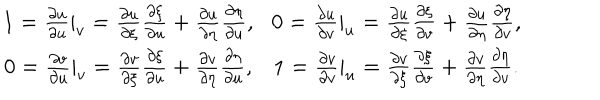
{ \large \begin{array} { c c } { { 1 = \frac { \partial u } { \partial u } | _ { v } = \frac { \partial u } { \partial \xi } \frac { \partial \xi } { \partial u } + \frac { \partial u } { \partial \eta } \frac { \partial \eta } { \partial u } , } } & { { \hspace { 0 . 9 c m } 0 = \frac { \partial u } { \partial v } | _ { u } = \frac { \partial u } { \partial \xi } \frac { \partial \xi } { \partial v } + \frac { \partial u } { \partial \eta } \frac { \partial \eta } { \partial v } , } } \\ { { 0 = \frac { \partial v } { \partial u } | _ { v } = \frac { \partial v } { \partial \xi } \frac { \partial \xi } { \partial u } + \frac { \partial v } { \partial \eta } \frac { \partial \eta } { \partial u } , } } & { { \hspace { 0 . 9 c m } 1 = \frac { \partial v } { \partial v } | _ { u } = \frac { \partial v } { \partial \xi } \frac { \partial \xi } { \partial v } + \frac { \partial v } { \partial \eta } \frac { \partial \eta } { \partial v } . } } \\ \end{array} }